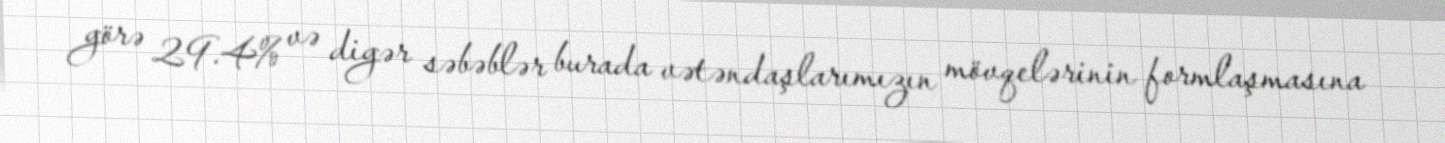
görə 29.4% və digər səbəblər burada vətəndaşlarımızın mövqelərinin formlaşmasına